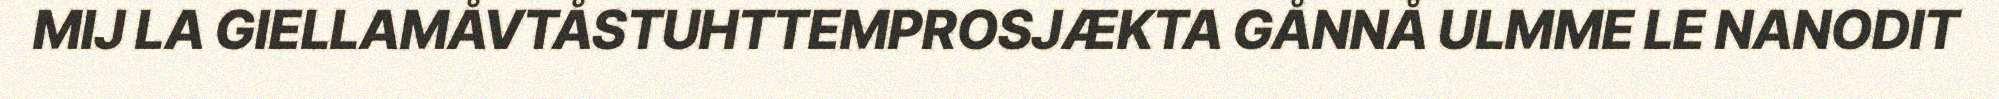
MIJ LA GIELLAMÅVTÅSTUHTTEMPROSJÆKTA GÅNNÅ ULMME LE NANODIT